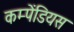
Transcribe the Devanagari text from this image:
कम्पेंडियस